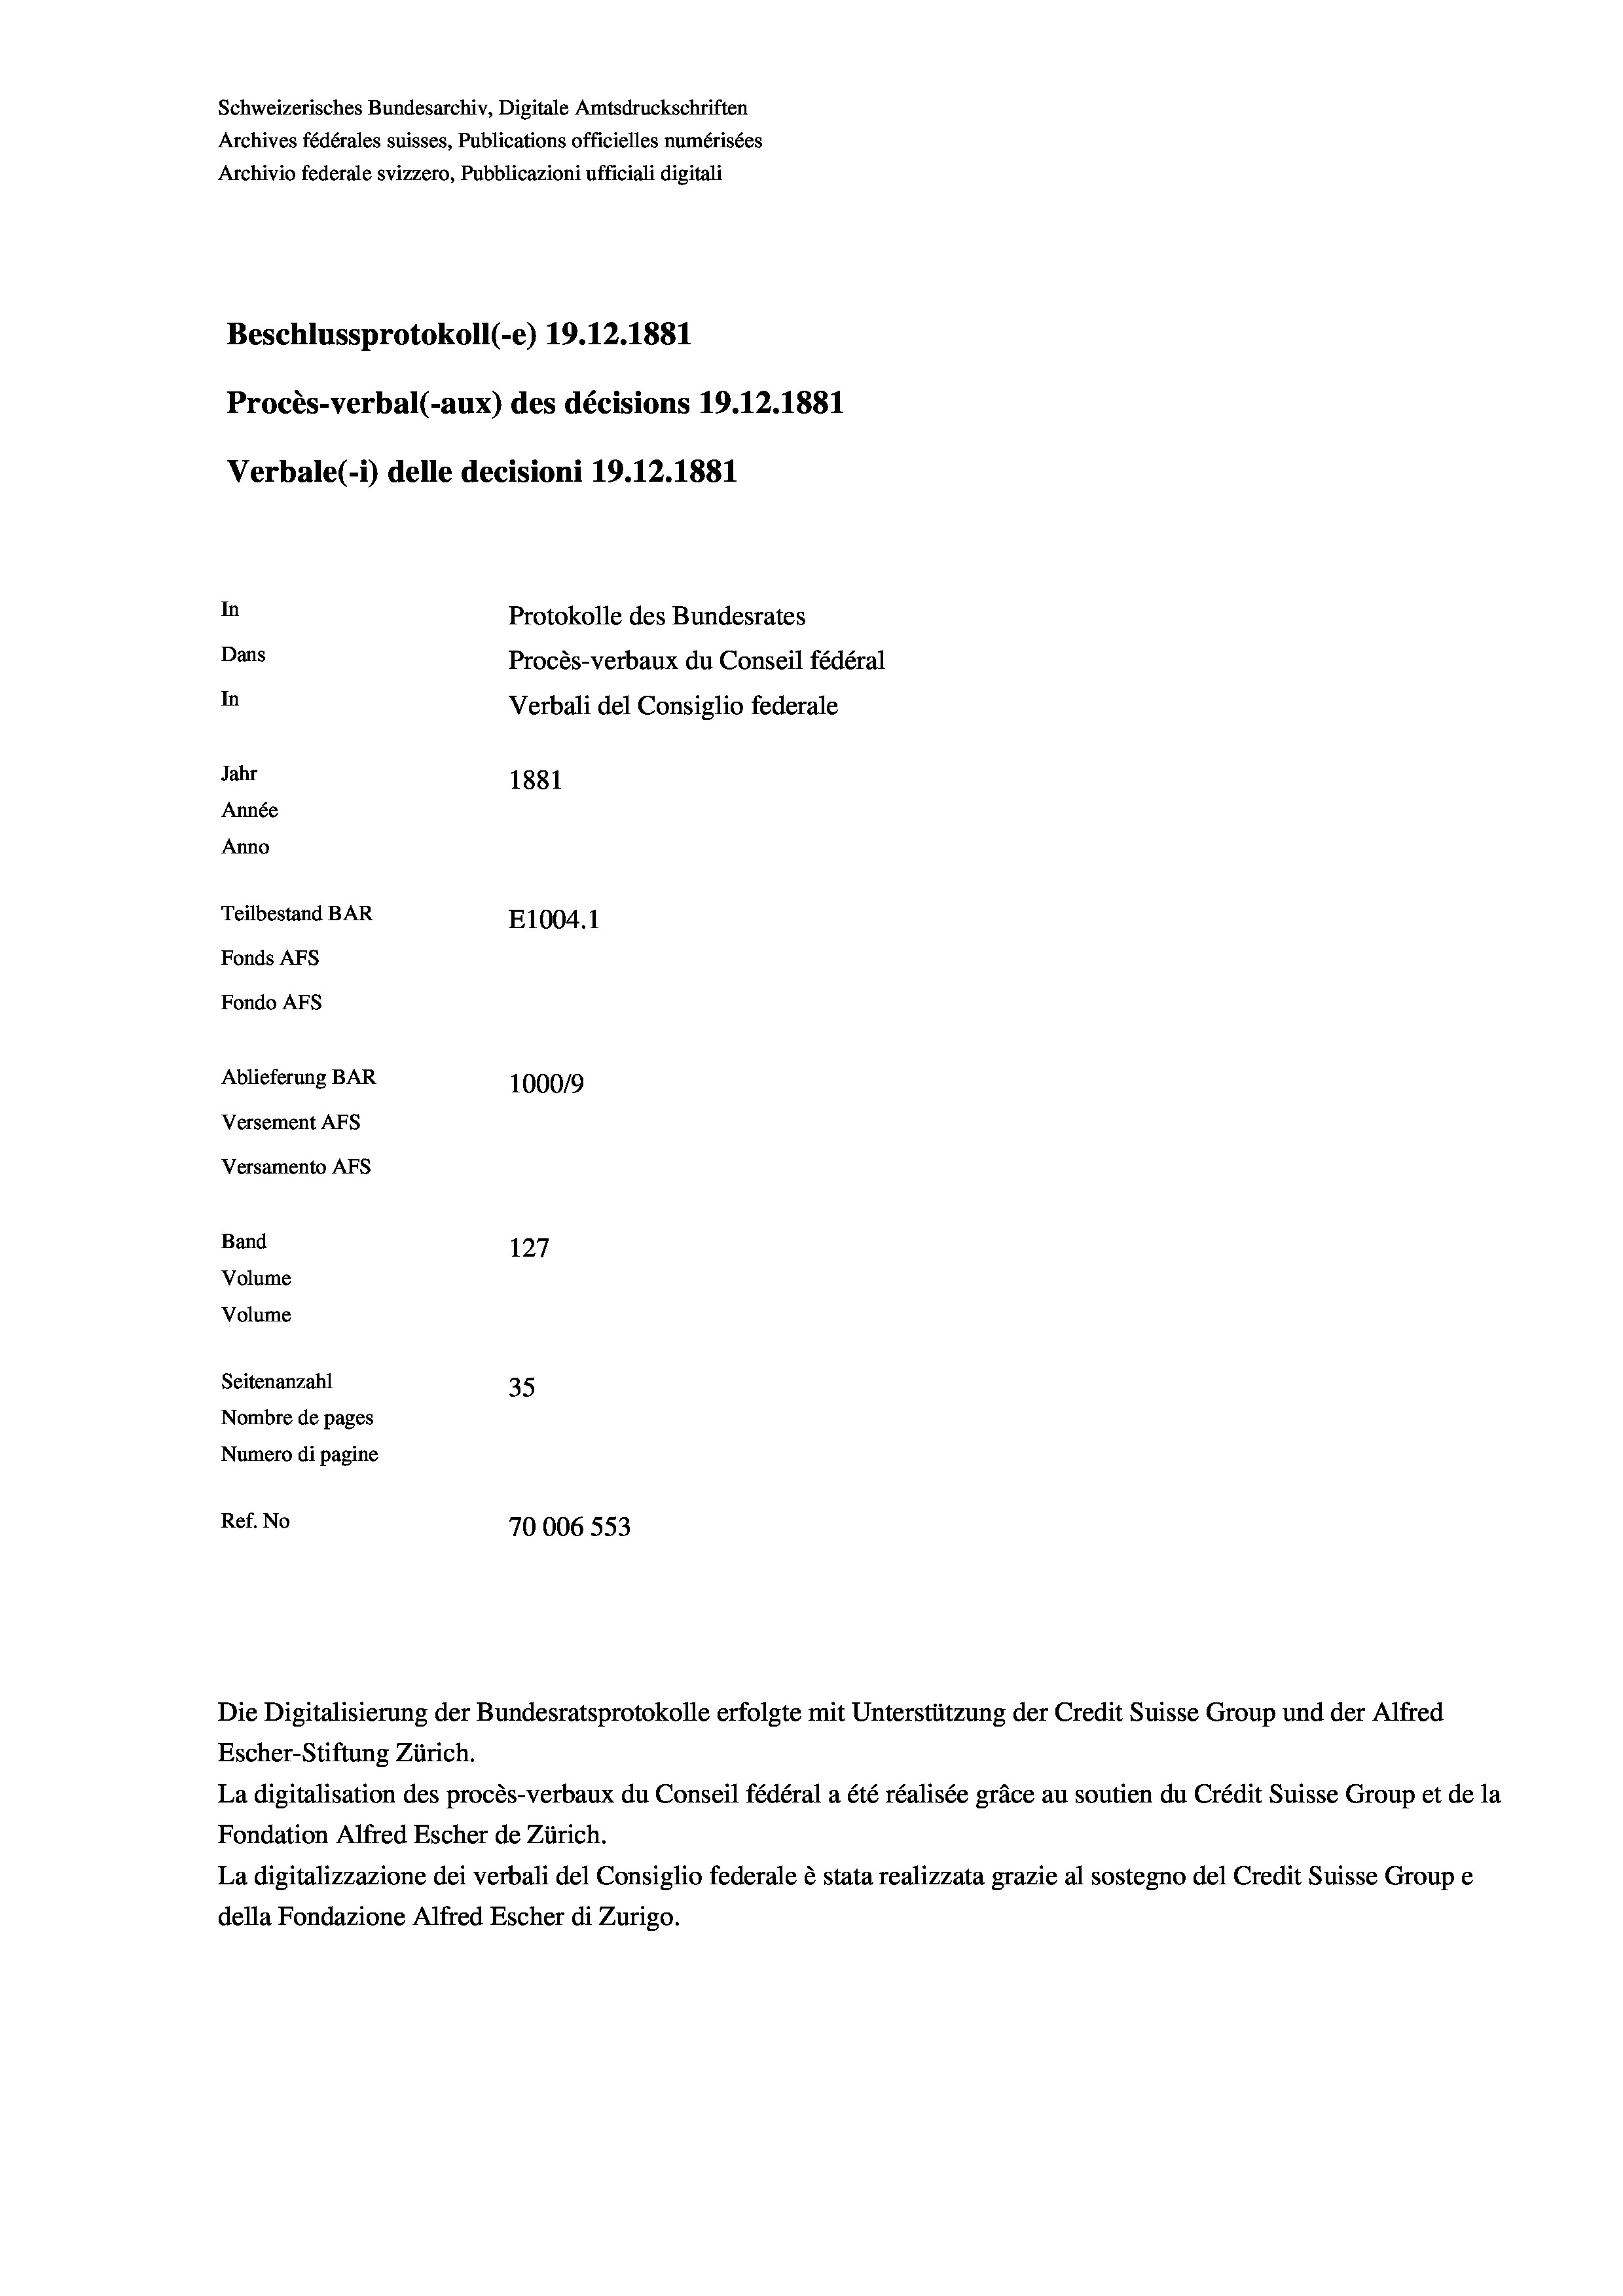
Schweizerisches Bundesarchiv, Digitale Amtsdruckschriften
Archives fédérales suisses, Publications officielles numérisées
Archivio federale svizzero, Pubblicazioni ufficiali digitali
Beschlussprotokoll (-e) 19.12.1881
Procès-verbal (-aux) des décisions 19.12.1881
Verbale (1) delle decisioni 19.12.1881
In
Protokolle des Bundesrates
Dans
Procès-verbaux du Conseil fédéral
In
Verbali del Consiglio federale
Jahr
1881
Année
Anno
Teilbestand BAR
E1004.1
Fonds Afs
Fondo AFs
Ablieferung BAR
1000/9
Versement Abs
Versamento AFs
Band
127
Volume
Volume
Seitenanzahl
35
Nombre de pages
Numero di pagine
Ref. No
70006553

Die Digitalisierung der Bundesratsprotokolle erfolgte mit Unterstützung der Credit Suisse Group und der Alfred
Escher-Stiftung Zürich.
La digitalisation des procès-verbaux du Conseil fédéral a été réalisée gräce au soutien du Crédit Suisse Group et de la
Fondation Alfred Escher de Zürich.
La digitalizzazione dei verbali del Consiglio federale è stata realizzata grazie al sostegno del Credit Suisse Groupe
della Fondazione Alfred Escher di Zurigo.